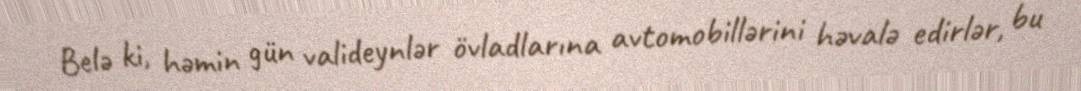
Belə ki, həmin gün valideynlər övladlarına avtomobillərini həvalə edirlər, bu